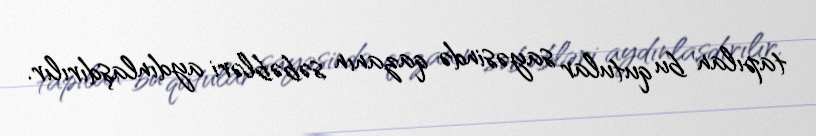
tapılan bu qutular sayəsində qazanın səbəbləri aydınlaşdırılır.